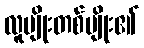
လူမျိုးတစ်မျိုး၏